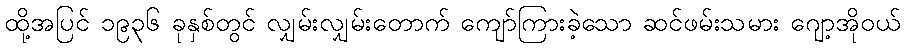
ထို့အပြင် ၁၉၃၆ ခုနှစ်တွင် လျှမ်းလျှမ်းတောက် ကျော်ကြားခဲ့သော ဆင်ဖမ်းသမား ဂျော့အိုဝယ်